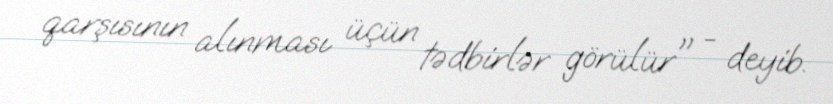
qarşısının alınması üçün tədbirlər görülür" - deyib.